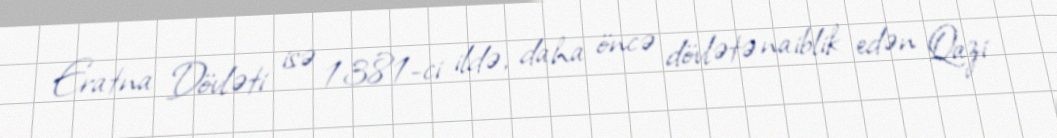
Eratna Dövləti isə 1381-ci ildə, daha öncə dövlətə naiblik edən Qazi